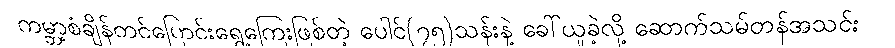
ကမ္ဘာ့စံချိန်တင်ပြောင်းရွှေ့ကြေးဖြစ်တဲ့ ပေါင်(၇၅)သန်းနဲ့ ခေါ်ယူခဲ့လို့ ဆောက်သမ်တန်အသင်း